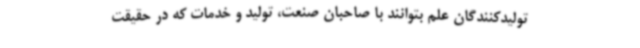
تولیدکنندگان علم بتوانند با صاحبان صنعت، تولید و خدمات که در حقیقت